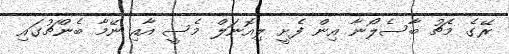
ރޭގެ މެޗު ބާސެލޯނާ އިން ފެށީ ލިއޮނަލް މެސީ އާއި ނޭމާ ބެންޗުގައި